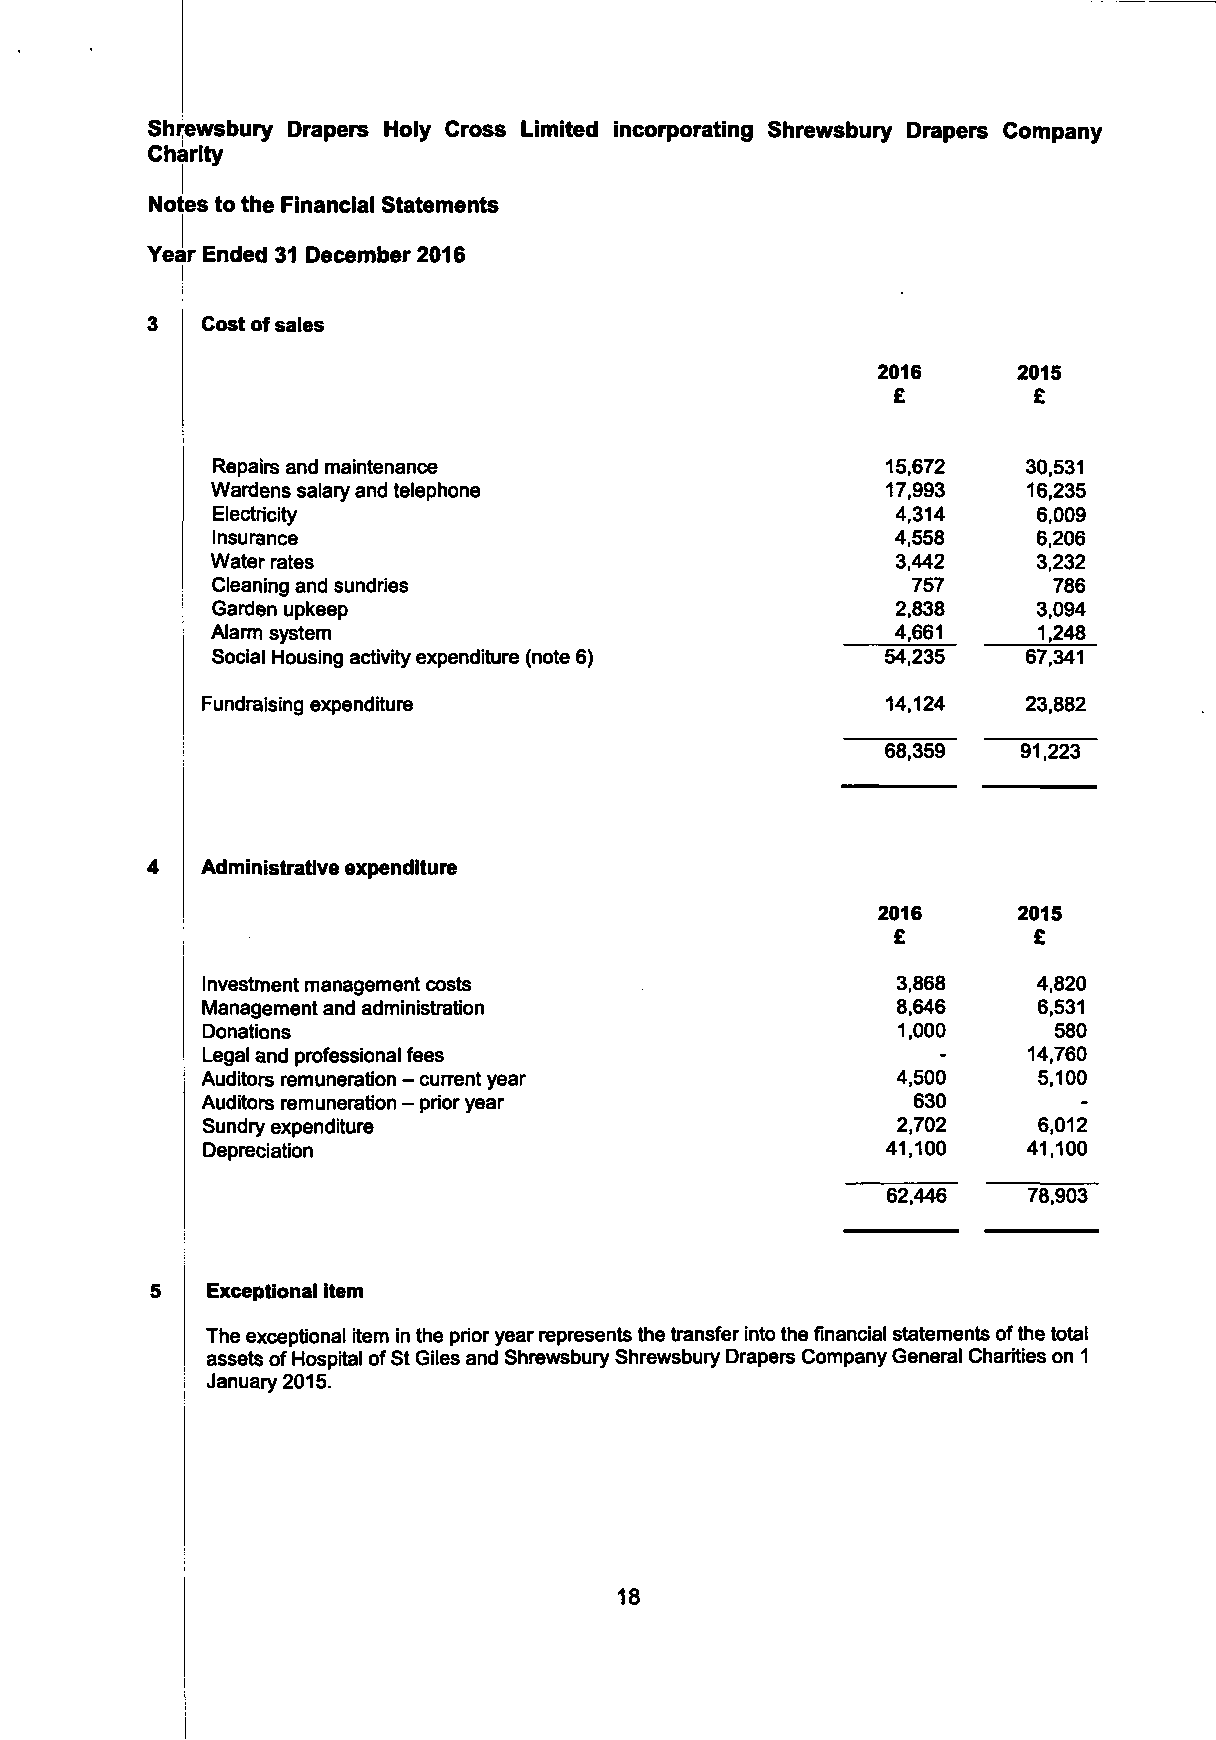
Shrewsbury Drapers Holy Cross Limited incorporating Shrewsbury Drapers Company
 Charity
 Notes to the Financial Statements
 Year Ended 31 December 2016
 I
 Cost of sales
 2016     2015
 £        £
 Repairs and maintenance                      15,672   30,531
 Wardens salary and telephone                 17,993   16,235
 Electricity                                  4,314     6,009
 Insurance                                    4,558     6,206
 Water rates                                  3,442     3,232
 Cleaning and sundries                          757      786
 Garden upkeep                                2,838     3,094
 Alarm system                                 4,661     1,248
 Social Housing activity expenditure (note 6) 54,235   67,341
 Fundraising expenditure                       14,124   23,882
 68,359   91,223
 Administrative expenditure
 2016     2015
 £        £
 Investment management costs                   3,868     4,820
 Management and administration                 8,646     6,531
 Donations                                     1,000      580
 Legal and professional fees                      -     14,760
 Auditors remuneration - current year          4,500     5,100
 Auditors remuneration - prior year              630        -
 Sundry expenditure                            2,702     6,012
 Depreciation                                  41,100   41,100
 62,446   78,903
 Exceptional item
 The exceptional item in the prior year represents the transfer into the financial statements of the total
 assets of Hospital of St Giles and Shrewsbury Shrewsbury Drapers Company General Charities on 1
 January 2015.
 18